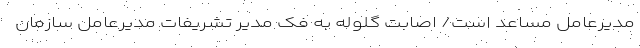
مدیرعامل مساعد است/ اصابت گلوله به فک مدیر تشریفات مدیرعامل سازمان